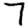
Digit: 7